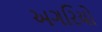
અગરિયો